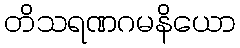
တိသရဏဂမနိယော